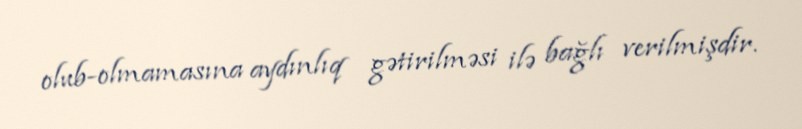
olub-olmamasına aydınlıq gətirilməsi ilə bağlı verilmişdir.